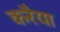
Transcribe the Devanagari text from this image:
करैया